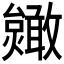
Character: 𫿥